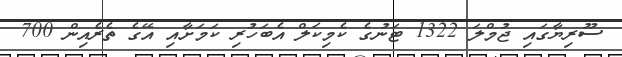
ސޫރިޔާގައި ޖުމްލަ 1322 ޓަނުގެ ކެމިކަލް އެބަހުރި ކަމަށާއި އޭގެ ތެރެއިން 700